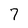
Character: 7